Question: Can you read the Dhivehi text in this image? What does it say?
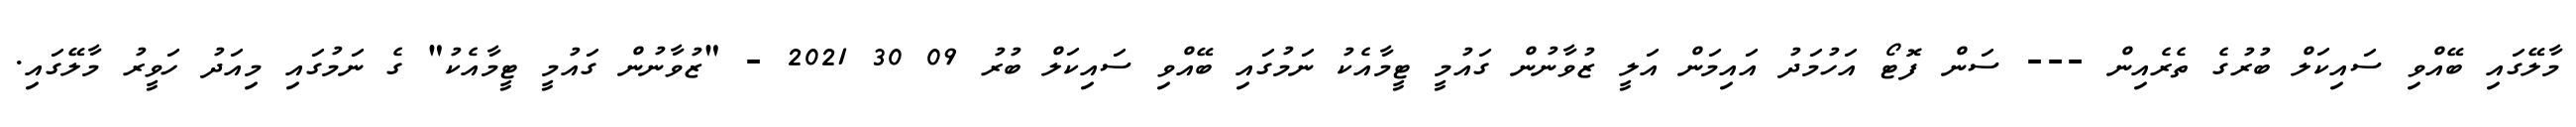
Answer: މާލޭގައި ބޭއްވި ސައިކަލް ބުރުގެ ތެރެއިން --- ސަން ފޮޓޯ އަހުމަދު އައިމަން އަލީ ޒުވާނުން ގައުމީ ޓީމާއެކު ނަމުގައި ބޭއްވި ސައިކަލް ބުރު 09 30 2021 - "ޒުވާނުން ގައުމީ ޓީމާއެކު" ގެ ނަމުގައި މިއަދު ހަވީރު މާލޭގައި.